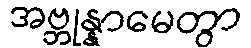
အဗ္ဘုန္နာမေတွာ